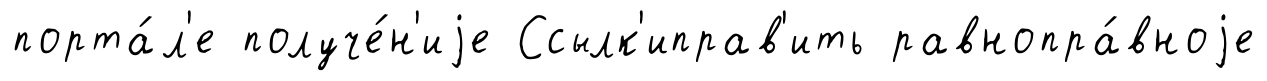
порта́л'е получе́н'иjе Ссылк'иправ'ить равнопра́вноjе